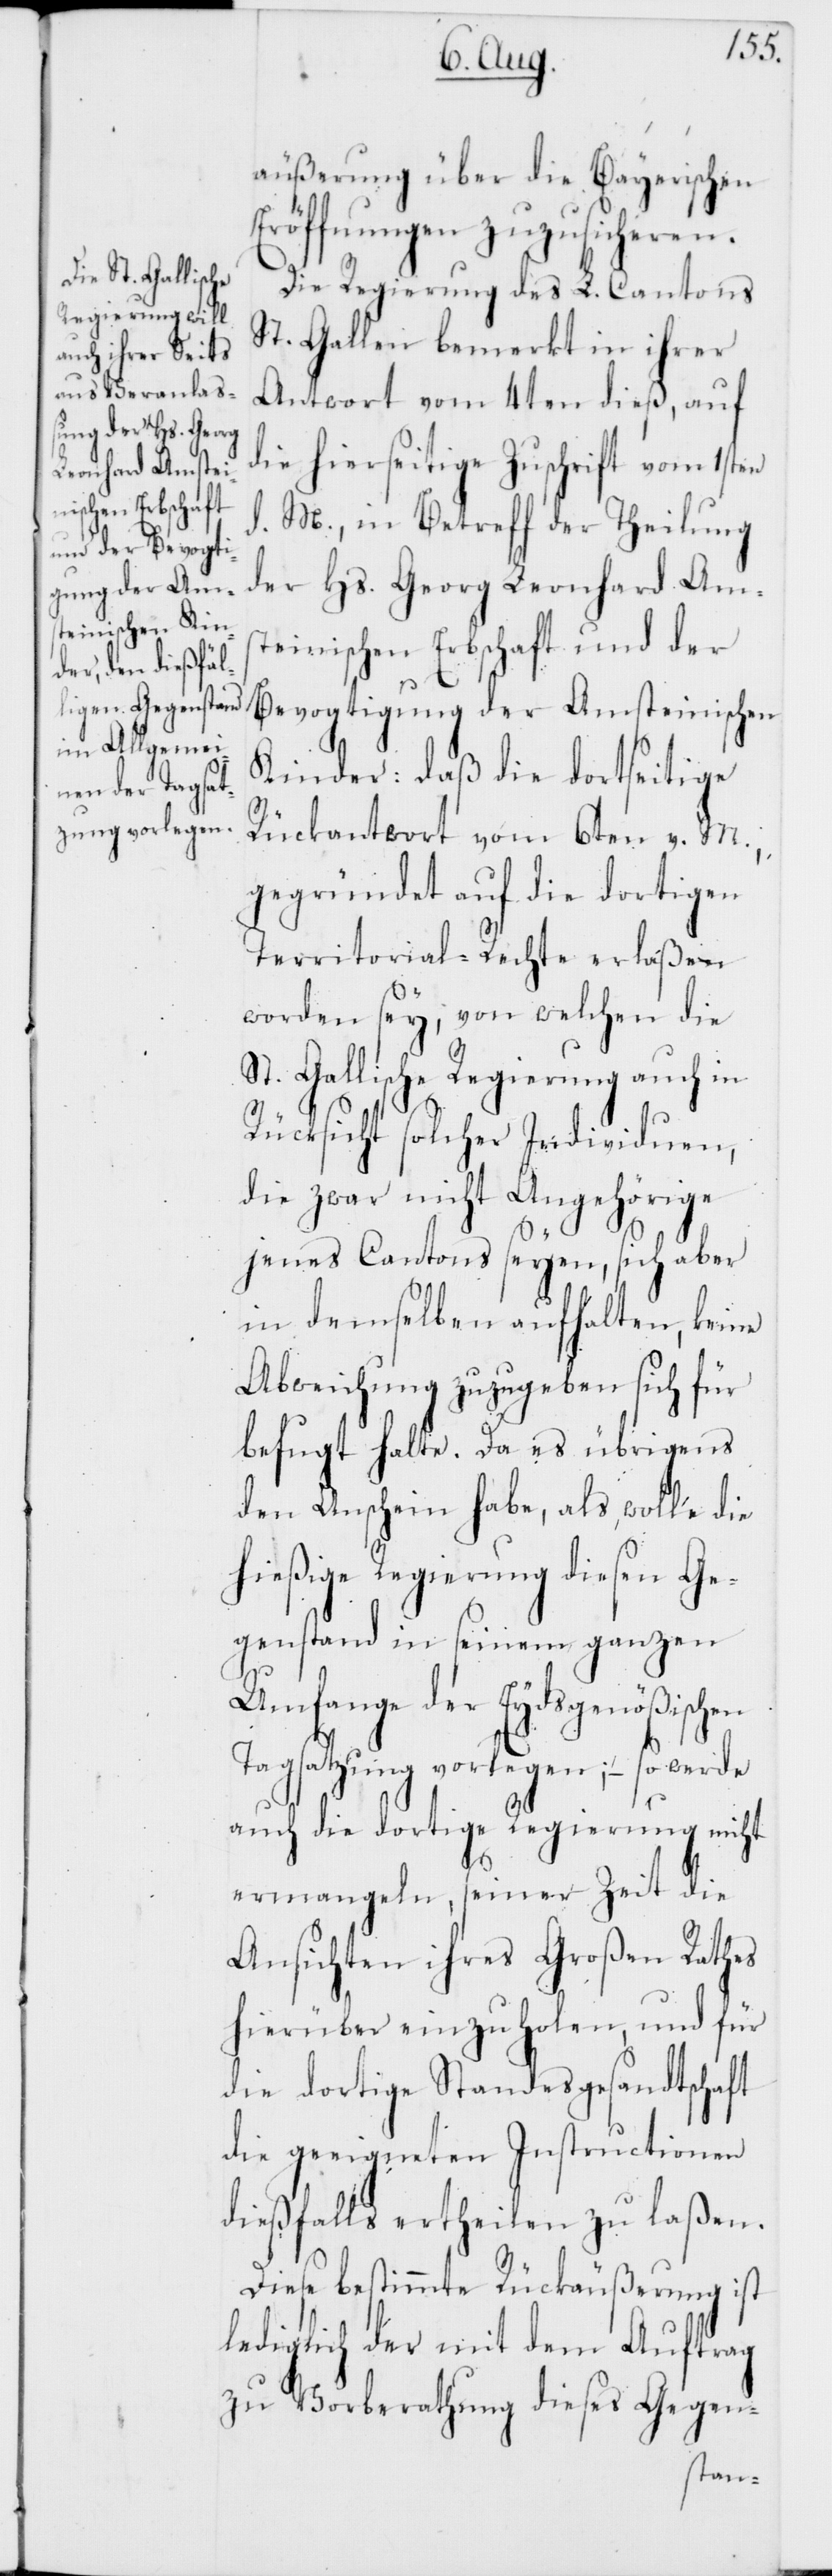
äußerung über die Bayerischen
Eröffnungen zuzusicheren.
Die Regierung des L. Cantons
St. Gallen bemerkt in ihrer
Antwort vom 4ten dieß, auf
die hierseitige Zuschrift vom 1sten
d. M., in Betreff der Theilung
der Hs. Georg Leonhard Ams¬
teinischen Erbschaft und der
Bevogtigung der Amsteinischen
Kinder: daß die dortseitige
Rückantwort vom 6ten v. M.,
gegründet auf die dortigen
Territorial-Rechte erlaßen
worden sey, von welchen die
St. Gallische Regierung auch in
Rücksicht solcher Individuen,
die zwar nicht Angehörige
jenes Cantons seyen, sich aber
in demselben aufhalten, keine
Abweichung zuzugeben sich für
befugt halte. Da es übrigens
den Anschein habe, als, wolle die
hießige Regierung diesen Ge¬
genstand in seinem ganzen
Umfange der Eydsgenößischen
Tagsatzung vorlegen; – so werde
auch die dortige Regierung nicht
ermangeln, seiner Zeit die
Ansichten ihres Großen Rathes
hierüber einzuholen, und für
die dortige Standesgesandtschaft
die geeigneten Instructionen
dießfalls ertheilen zu laßen.
Diese bestimmte Rückäußerung ist
lediglich der mit dem Auftrag
zu Vorberathung dieses Gegen-